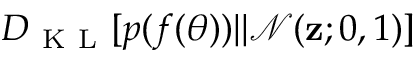
D _ { \mathrm { ~ K ~ L ~ } } [ p ( f ( \boldsymbol { \theta } ) ) | | \mathcal { N } ( \mathbf { z } ; 0 , 1 ) ]